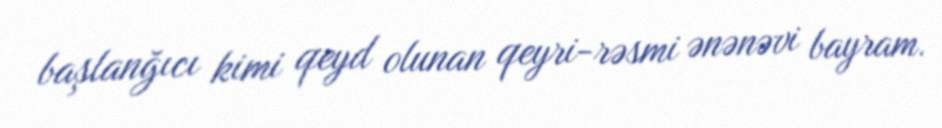
başlanğıcı kimi qeyd olunan qeyri-rəsmi ənənəvi bayram.